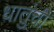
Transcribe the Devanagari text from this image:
धातुंची